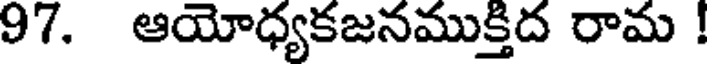
97. ఆయోధ్యకజనముక్తిద రామ !